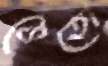
ভেতো